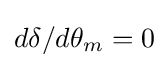
d\delta /d\theta _{m}=0